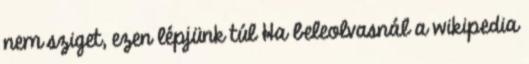
nem sziget, ezen lépjünk túl Ha beleolvasnál a wikipedia